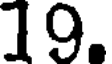
19.